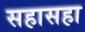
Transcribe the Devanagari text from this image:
सहासहा